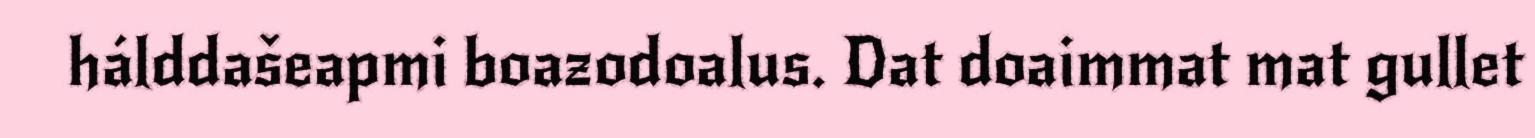
hálddašeapmi boazodoalus. Dat doaimmat mat gullet